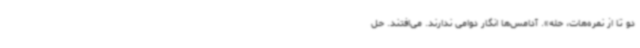
دو تا از نمره‌هات، حله». آدامس‌ها انگار دوامی ندارند. می‌افتند. حل